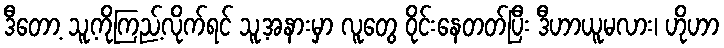
ဒီတော့ သူ့ကိုကြည့်လိုက်ရင် သူ့အနားမှာ လူတွေ ဝိုင်းနေတတ်ပြီး ဒီဟာယူမလား၊ ဟိုဟာ